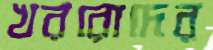
খররোদের